system: You are a helpful assistant.
user:
Analyze the provided spectrum to determine if it is a **Carbon Star (C-type)**.

- **Key Visual Indicators of Carbon Star:**
    - **(Primary):** Strong molecular absorption from **C₂ (diatomic carbon) "Swan Bands."** This is the **defining feature** of a carbon star.
        - **(Key Bandheads):** Sharp absorption edges are visible at approximately $5635$ Å, $5165$ Å (the strongest band), and $4737$ Å.
        - **(Line Profile):** Creates a distinct **"saw-tooth"** pattern. The key morphology is a sharp, steep bandhead on the **red (long-wavelength) side**, which then gradually tapers off (i.e., flux recovers) towards the **blue (short-wavelength) side**. *(This is the direct opposite of the TiO bands seen in M-type stars)*.

    - **(Secondary):** Intense **CN (cyanogen)** molecular absorption bands.
        - **(Key Bandheads):** Located in the blue and violet regions of the spectrum (e.g., near $4215$ Å and $3883$ Å).
        - **(Morphology):** These bands are extremely broad and act as a "blanket," absorbing the vast majority of blue and violet light. This creates a characteristic **"cliff"** or **"steep drop-off"** in the spectrum's flux at short wavelengths.

    - **(Key Confirmation):** Strong **CH absorption band (G-band)**.
        - **(Key Bandhead):** Located around $4300$ Å. The contribution from CH molecules to this band is exceptionally strong.

    - **(Overall Spectrum):**
        - The continuum is severely "chopped up" by these deep molecular bands, especially C₂, rather than appearing as a smooth curve.
        - Due to the heavy CN and C₂ absorption in the blue-green, the vast majority of the star's flux is concentrated in the red part of the spectrum, giving the star its characteristic deep red color.

Think first, call **spectral_visualization_tool** if needed to examine features in detail, then provide your final answer. Your response must adhere to the following strict rules:
1.  **Overall Structure:** Your response must follow the format `<think>...</think> <tool_call>...</tool_call> (if a tool is used) <answer>...</answer>`.
2.  **Tool Usage Constraint:** You may only make **one** tool call per turn.
3.  **Final Answer Format:** In the `<answer>` tag, your conclusion must be inside a `\boxed{}` command (e.g., `\boxed{YES}`), followed by your justification.

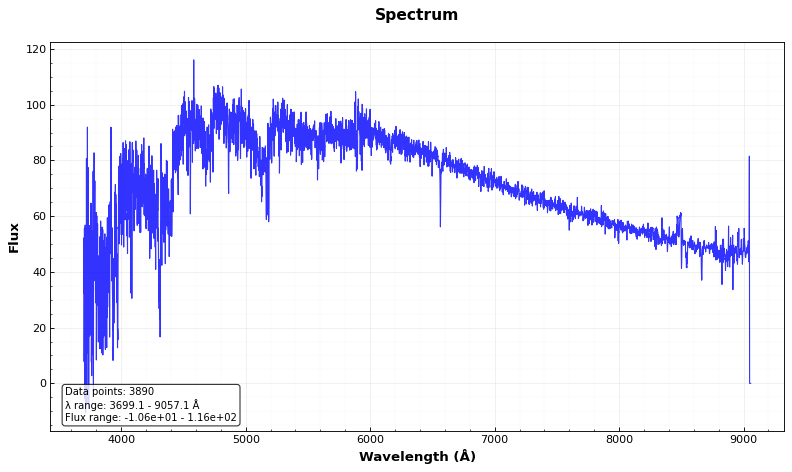
Answer: YES